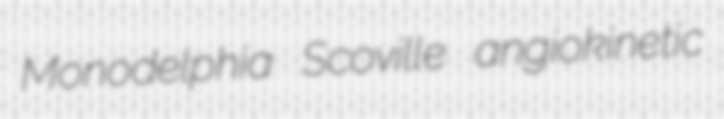
Monodelphia Scoville angiokinetic